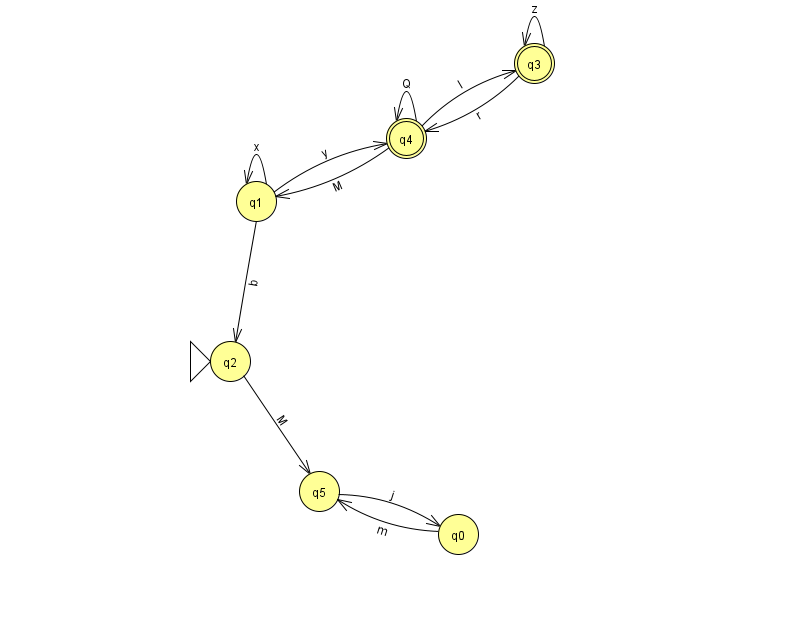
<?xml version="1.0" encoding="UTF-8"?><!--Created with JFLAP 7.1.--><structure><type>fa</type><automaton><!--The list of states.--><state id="0" name="q0"><x>458.0</x><y>521.0</y></state><state id="1" name="q1"><x>256.0</x><y>188.0</y></state><state id="2" name="q2"><x>230.0</x><y>348.0</y><initial/></state><state id="3" name="q3"><x>534.0</x><y>50.0</y><final/></state><state id="4" name="q4"><x>406.0</x><y>125.0</y><final/></state><state id="5" name="q5"><x>319.0</x><y>478.0</y></state><!--The list of transitions.--><transition><from>1</from><to>2</to><read>b</read></transition><transition><from>4</from><to>4</to><read>Q</read></transition><transition><from>5</from><to>0</to><read>j</read></transition><transition><from>2</from><to>5</to><read>M</read></transition><transition><from>0</from><to>5</to><read>m</read></transition><transition><from>4</from><to>3</to><read>I</read></transition><transition><from>1</from><to>1</to><read>x</read></transition><transition><from>1</from><to>4</to><read>y</read></transition><transition><from>3</from><to>3</to><read>z</read></transition><transition><from>3</from><to>4</to><read>r</read></transition><transition><from>4</from><to>1</to><read>M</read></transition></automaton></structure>